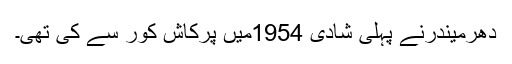
دھرمیندرنے پہلی شادی 1954میں پرکاش کور سے کی تھی۔